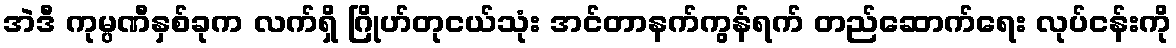
အဲဒီ ကုမ္ပဏီနှစ်ခုက လက်ရှိ ဂြိုဟ်တုငယ်သုံး အင်တာနက်ကွန်ရက် တည်ဆောက်ရေး လုပ်ငန်းကို